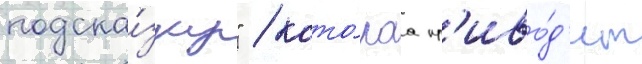
подска́зку" / кото́раа пр'иво́д'ит